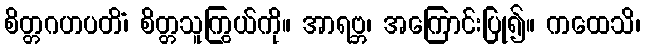
စိတ္တဂဟပတိံ၊ စိတ္တသူကြွယ်ကို။ အာရဗ္ဘ၊ အကြောင်းပြု၍။ ကထေသိ၊